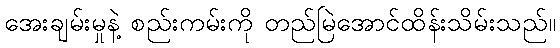
အေးချမ်းမှုနဲ့ စည်းကမ်းကို တည်မြဲအောင်ထိန်းသိမ်းသည်။